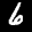
Label: 6